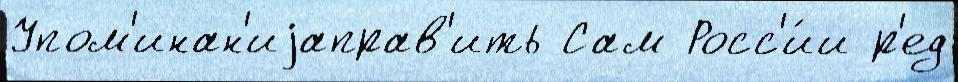
Упом'инан'иjаправ'ить Сам Росс'и́и р'ед